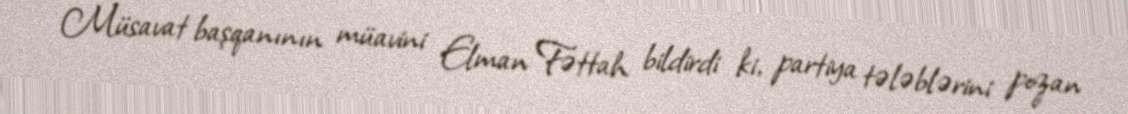
Müsavat başqanının müavini Elman Fəttah bildirdi ki, partiya tələblərini pozan